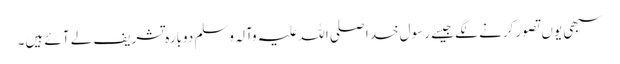
سبھی یوں تصور کرنے لگے جیسے رسول خدا صلی اللہ علیہ وآلہ وسلم دوبارہ تشریف لے آئے ہیں۔